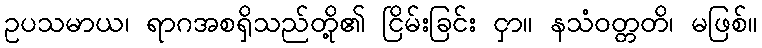
ဥပသမာယ၊ ရာဂအစရှိသည်တို့၏ ငြိမ်းခြင်း ငှာ။ နသံဝတ္တတိ၊ မဖြစ်။